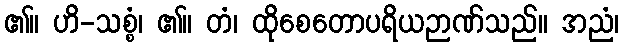
၏။ ဟိ-သစ္စံ၊ ၏။ တံ၊ ထိုစေတောပရိယဉာဏ်သည်။ အညံ၊